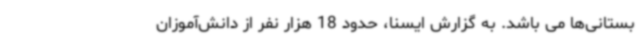
بستانی‌ها می باشد. به گزارش ایسنا، حدود 18 هزار نفر از دانش‌آموزان